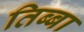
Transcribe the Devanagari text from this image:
तिब्बा